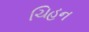
ચિહન